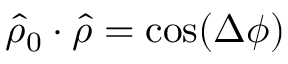
\hat { \rho } _ { 0 } \cdot \hat { \rho } = \cos ( \Delta \phi )